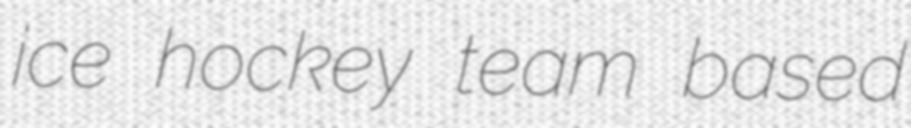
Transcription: ice hockey team based